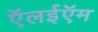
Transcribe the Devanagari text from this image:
ऍलईऍम